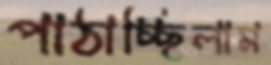
পাঠাচ্ছিলাম